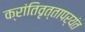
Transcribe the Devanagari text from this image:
क्रांतिवृत्तापर्यंत